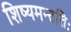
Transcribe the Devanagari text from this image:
शिष्यमन्ततिः